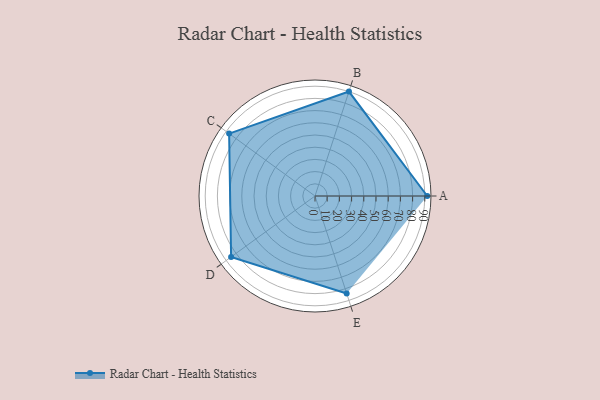
{"axis": {"x": "Skill", "y": "Score"}, "legend": ["Profile"], "data": [{"x": "A", "y": 92.0, "type": "Profile"}, {"x": "B", "y": 90.0, "type": "Profile"}, {"x": "C", "y": 87.0, "type": "Profile"}, {"x": "D", "y": 85.0, "type": "Profile"}, {"x": "E", "y": 84.0, "type": "Profile"}]}